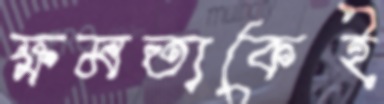
ক্ষমতাকেই